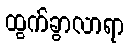
ထွက်ခွာလာရာ